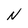
Character: N